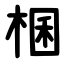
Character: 棞